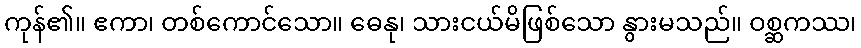
ကုန်၏။ ဧကာ၊ တစ်ကောင်သော။ ဓေနု၊ သားငယ်မိဖြစ်သော နွားမသည်။ ဝစ္ဆကဿ၊